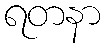
ရတနာ